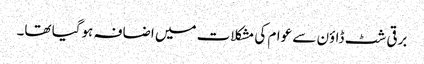
برقی شٹ ڈاؤن سے عوام کی مشکلات میں اضافہ ہوگیا تھا۔